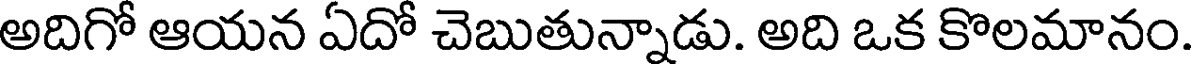
అదిగో ఆయన ఏదో చెబుతున్నాడు. అది ఒక కొలమానం.